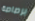
برصاصة